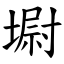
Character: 墛